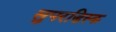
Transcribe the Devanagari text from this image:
सुपरडिस्क